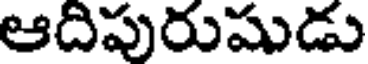
ఆదిపురుషుడు